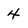
Character: 4